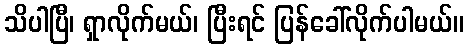
သိပါပြီ၊ ရှာလိုက်မယ်၊ ပြီးရင် ပြန်ခေါ်လိုက်ပါမယ်။